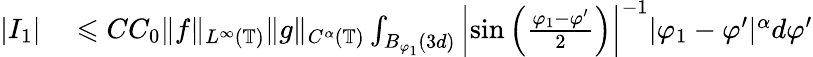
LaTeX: \begin{array}{rl}{|I_{1}|}&{{}\leqslant CC_{0}\| f\| _{L^{\infty}(\mathbb{T})}\| g\| _{C^{\alpha}(\mathbb{T})}\int_{B_{\varphi_{1}}(3d)}\left|\sin\left(\frac{\varphi_{1}-\varphi^{\prime}}{2}\right)\right|^{-1}|\varphi_{1}-\varphi^{\prime}|^{\alpha}d\varphi^{\prime}}\end{array}